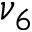
\nu _ { 6 }